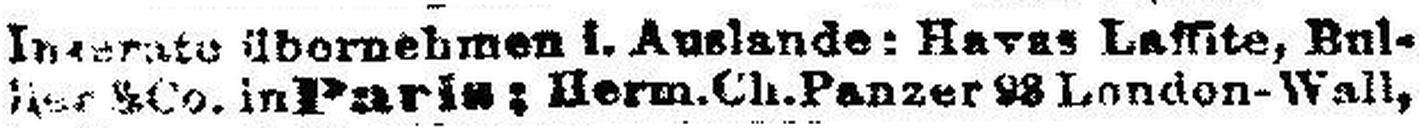
### & Co. in Paris: Herm.Ch.Panzer ### London-Wall,